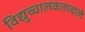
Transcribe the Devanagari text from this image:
विद्युच्चालकतावाले